Report of the Imperial Institute of Veterinary Research, Muktesar
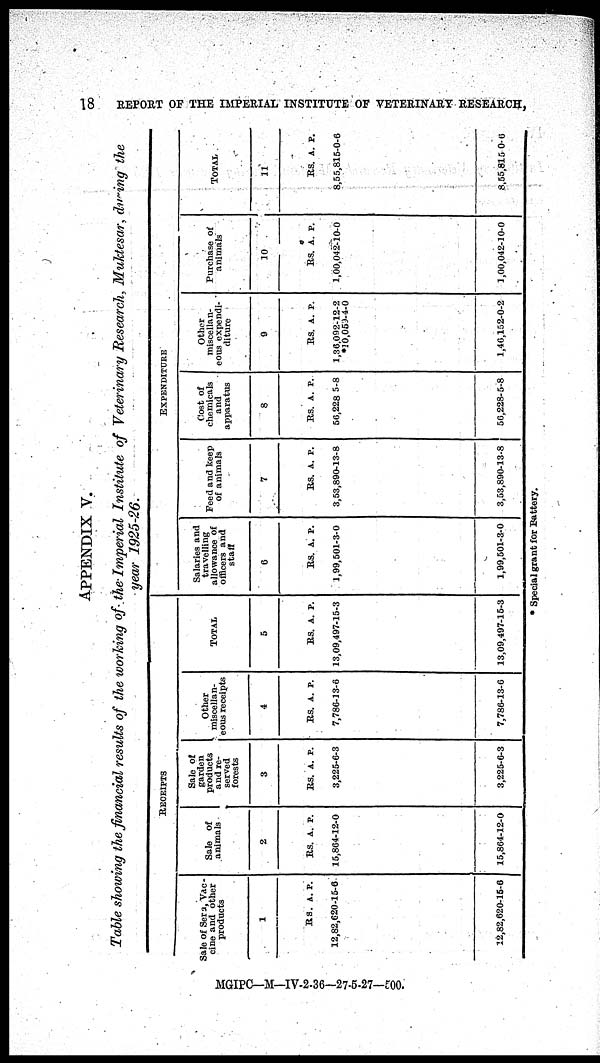
18
APPENDIX V.
Table showing the financial results of the working of the Imperial Institute of Veterinary Research, Muktesar, during the
year 1925-26.
Sale of Sera,Vac¬
cine and other
products
1
RS.
12,82,620-
12,82,620-
A. P
15-
15-
.
6
6
RECEIPTS
Sale of
animals
2
RS.
15,864-
15,864-
A. P
12-
12-
.
0
0
Sale of
garden
products
and re¬
served
forests
3
RS.
3,225-
3,225-
A.
6-
6-
P.
3
3
Other
miscellan¬
-ous receipts
4
RS.
7,786-
7,786-
A.
13-
13-
P.
6
6
TOTAL
5
RS.
13,09,497-
13,09,497-
. A
15-
15-
.P
3
3
Salaries and
travelling
allowance of
officers and
staff
6
RS.
1,99,501-
1,99,501-
A.
3-
3-
P.
0
0
Feed and keep
of animals
7
RS.
3,53,890-
3,53,890-
A.
13-
13-
P.
8
8
EXPENDITURE
Cost of
chemicals
and
apparatus
8
RS.
56,228-
56,228-
A.
5-
5-
P.
8
8
Other
miscellan¬
eous expendi¬
diture
9
RS.
1,36,092-
*10,059-
1,46,152-
A.
12-
4-
0-
P.
2
0
2
Purchase of
animals
10
RS.
1,00,042-
1,00,042-
A
10-
10-
P.
0
0
TOTAL
11
RS. A.
8,55,815-
8,55,815
A.
0-
0-
P.
6
0
* Special grant for Battery.
MGIPC-M-IV-2.36-27.6.27-500.